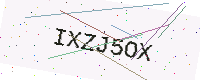
Text: IXZJ5OX